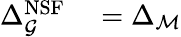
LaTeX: \begin{array}{rl}{\Delta_{\mathcal{G}}^{\mathrm{NSF}}}&{{}=\Delta_{\mathcal{M}}}\end{array}